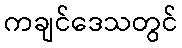
ကချင်ဒေသတွင်